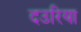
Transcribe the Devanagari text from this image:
दउरिया